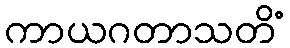
ကာယဂတာသတိံ